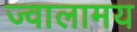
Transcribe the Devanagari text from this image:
ज्वालामय